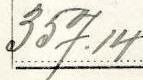
357.14